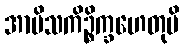
အာမိသကိဉ္စိက္ခဟေတုပိ